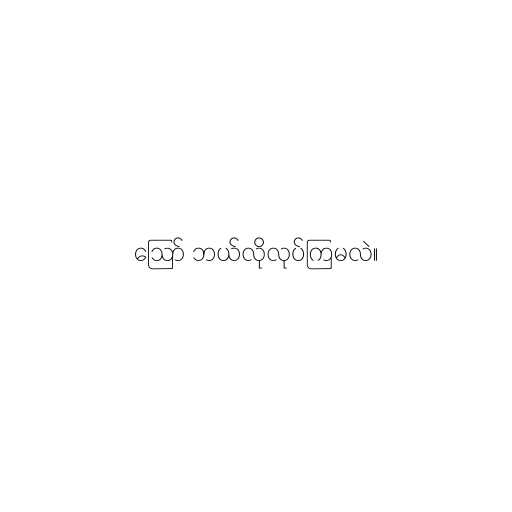
ဪ ဘယ်လိုလုပ်ကြမလဲ။